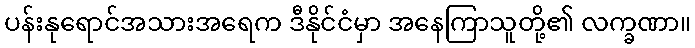
ပန်းနုရောင်အသားအရေက ဒီနိုင်ငံမှာ အနေကြာသူတို့၏ လက္ခဏာ။